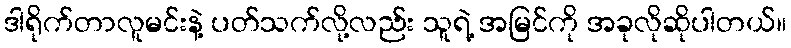
ဒါရိုက်တာလူမင်းနဲ့ ပတ်သက်လို့လည်း သူရဲ့ အမြင်ကို အခုလိုဆိုပါတယ်။